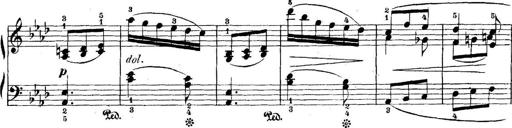
Title: 5 Sonatinas
Composer: Theodor Kirchner